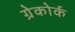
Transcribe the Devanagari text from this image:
ग्रेकोर्क